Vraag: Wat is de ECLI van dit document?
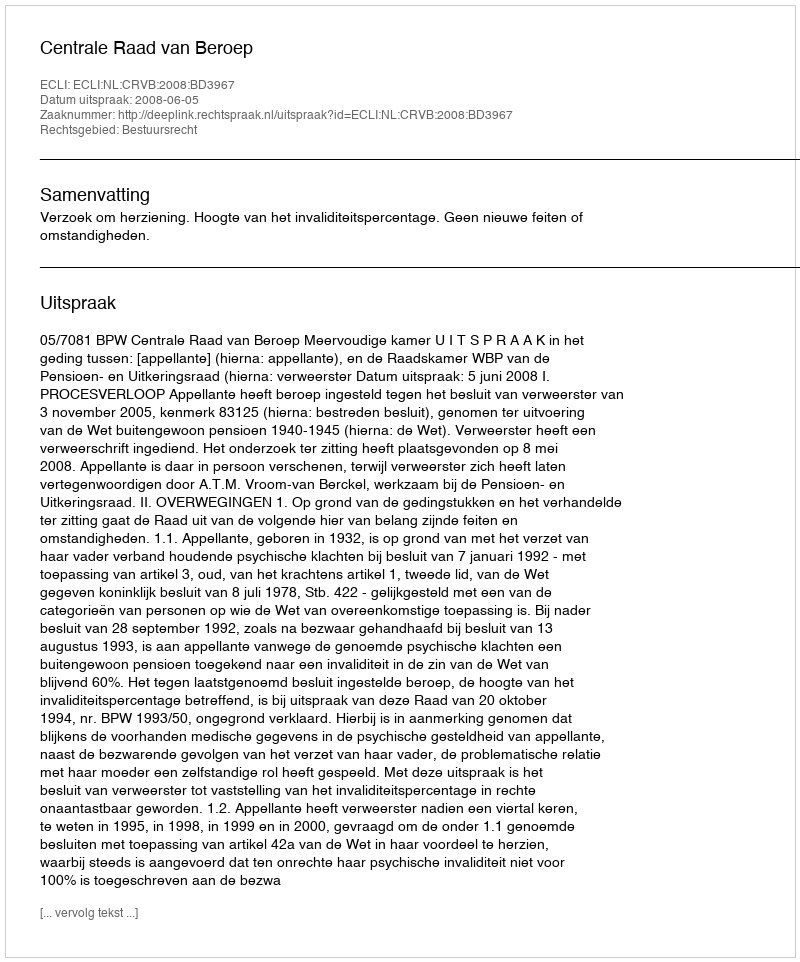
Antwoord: ECLI:NL:CRVB:2008:BD3967